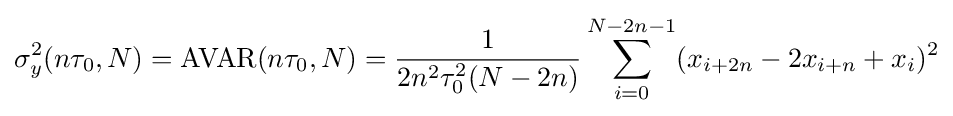
\sigma _{y}^{2}(n\tau _{0},N)=\operatorname {AVAR} (n\tau _{0},N)={\frac {1}{2n^{2}\tau _{0}^{2}(N-2n)}}\sum _{i=0}^{N-2n-1}(x_{i+2n}-2x_{i+n}+x_{i})^{2}